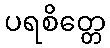
ပရစိတ္တေ